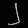
Digit: ၂